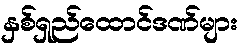
နှစ်ရှည်ထောင်ဒဏ်များ